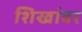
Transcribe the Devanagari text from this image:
शिखांवर